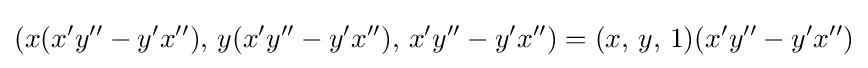
(x(x'y''-y'x''),\,y(x'y''-y'x''),\,x'y''-y'x'')=(x,\,y,\,1)(x'y''-y'x'')